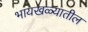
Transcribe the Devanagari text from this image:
भायखळ्यातील